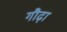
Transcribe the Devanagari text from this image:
गौढ़ा